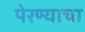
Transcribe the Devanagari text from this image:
पेरण्याचा